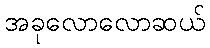
အခုလောလောဆယ်